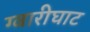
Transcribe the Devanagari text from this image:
ग्वारीघाट